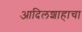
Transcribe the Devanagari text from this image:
आदिलशाहाचा